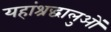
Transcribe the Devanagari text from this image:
यहांश्रद्धालुओं